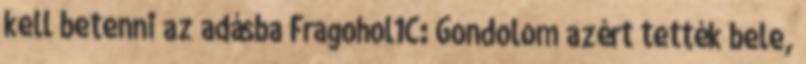
kell betenni az adásba Fragohol1C: Gondolom azért tették bele,